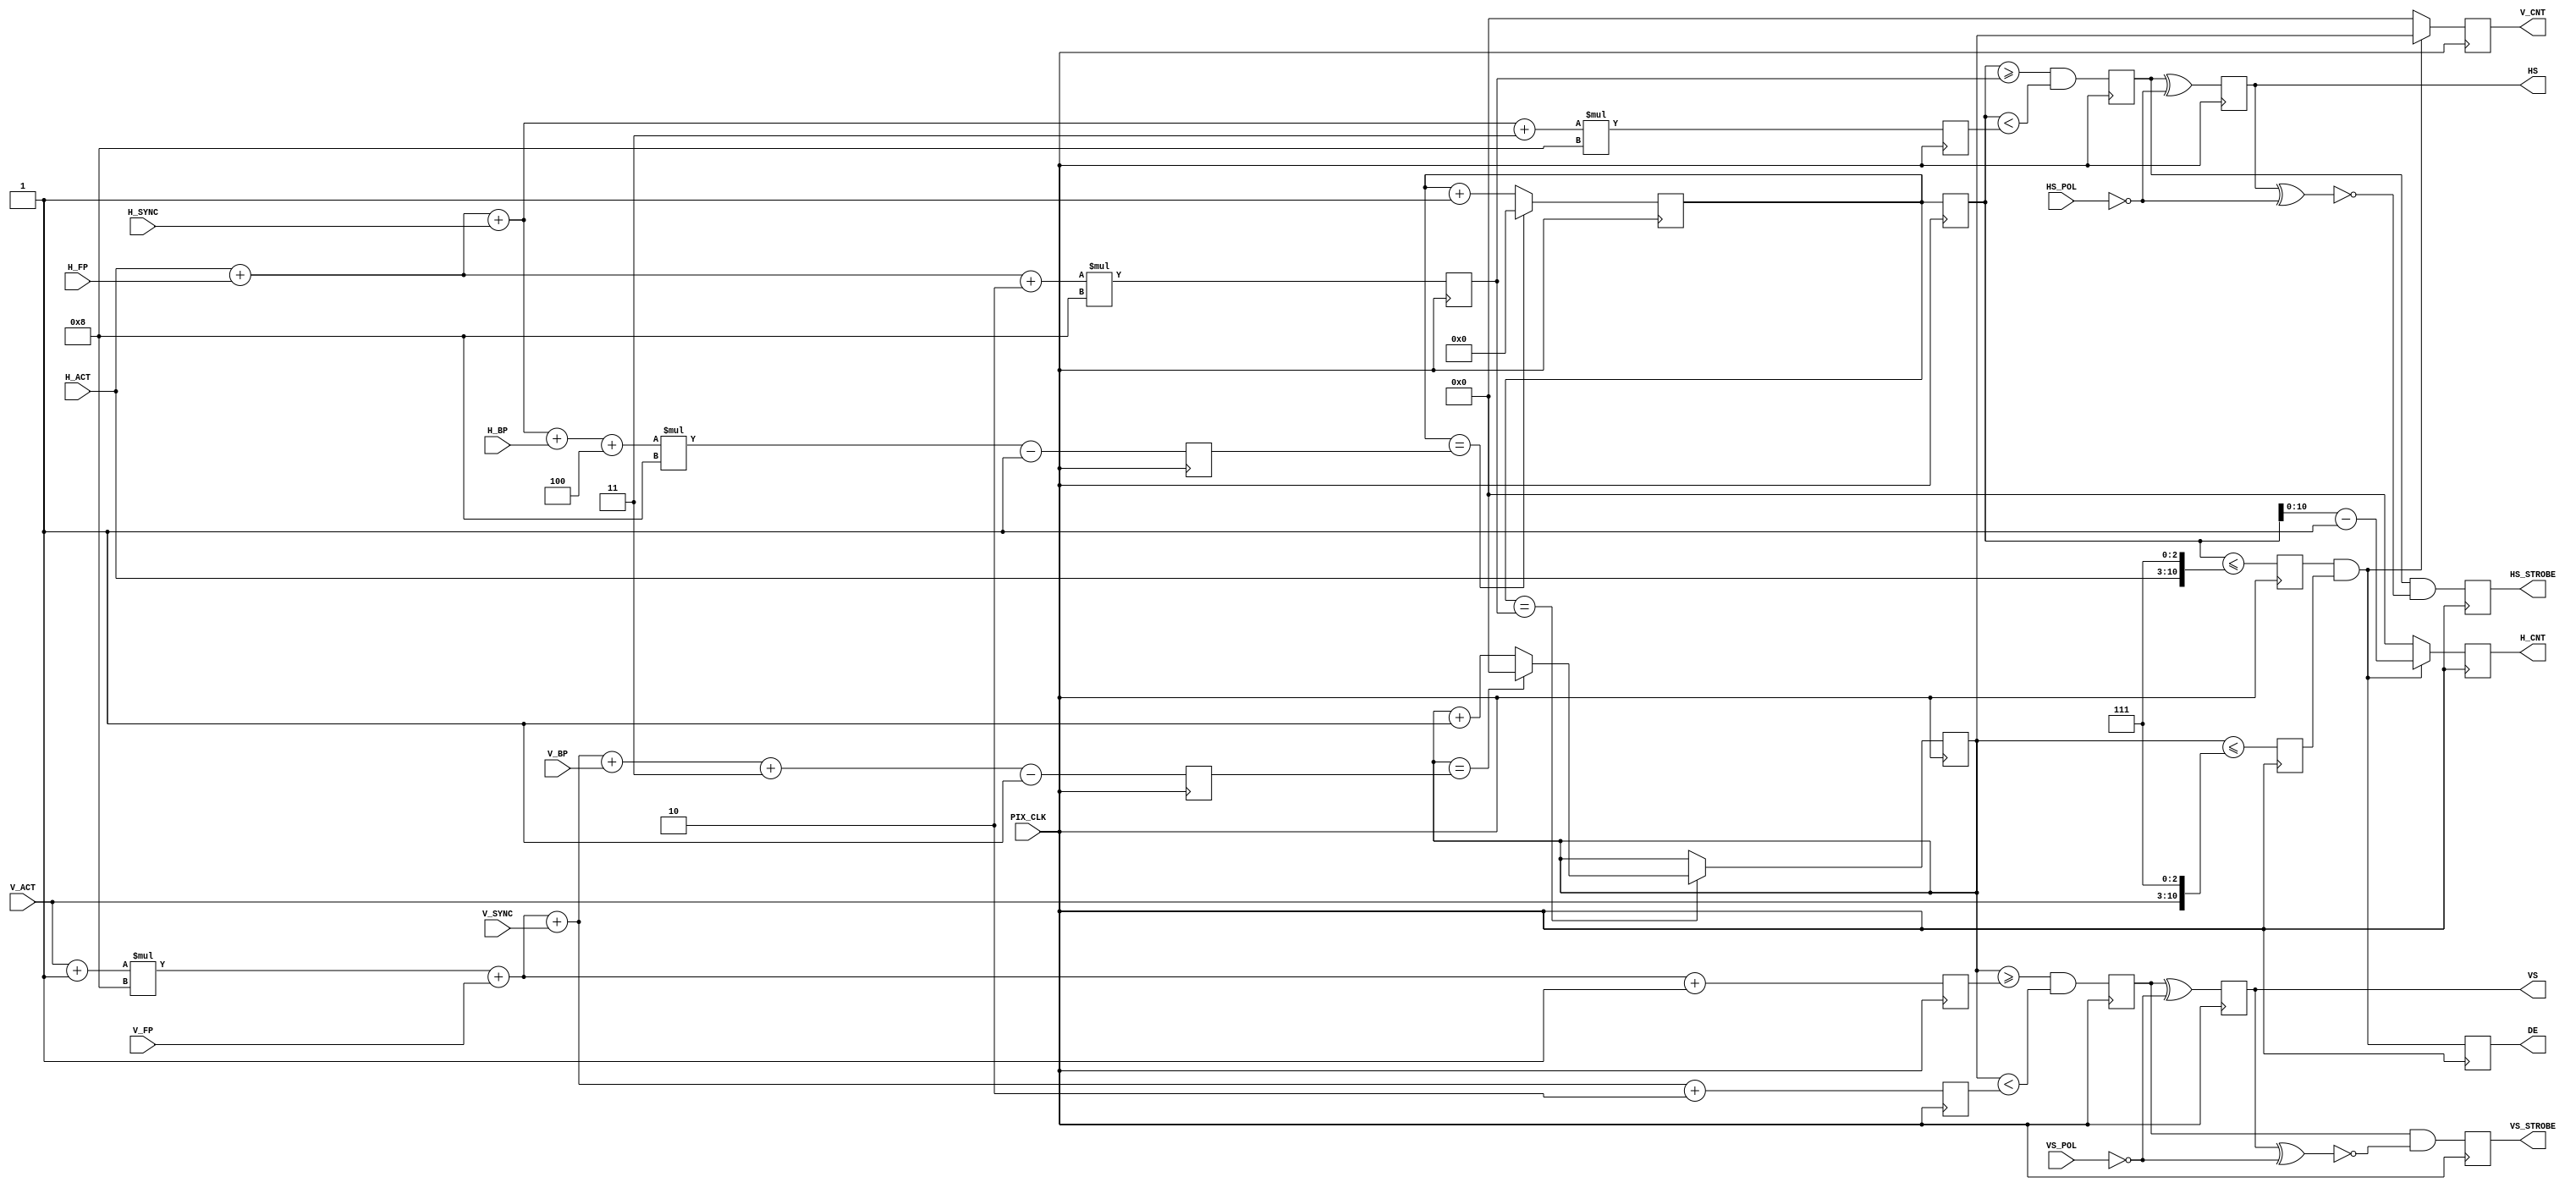
//------------------------------------------------------------------------------------------------------
// Company:        Xilinx & HES//SO hepia
// 
// Design Name:    DVI
// Module Name:    VTG
// Project Name:   DVI
// Target Devices: Xilinx SP605 - XC6SLX45T-3fpgg484
// Tool versions:  Xilinx ISE 14.3 - Windows 7 64bits
// Description:    VS & HS timing relationship :
//                 Measured on REAL video:  VS edges coincide with HS leading edges.
// Dependencies:   No
// Revision:       05-13-2009 Initial creation
//                 05-14-2009 Simulated using attached test fixture
//                 29-01-2013 Add simplification Xavier Paillard05
//------------------------------------------------------------------------------------------------------

module VTG 
	(
	 V_SYNC,    // Vertical sync value 
	 V_BP,      // Vertical back porch value
	 V_ACT,     // Vertical active line value
	 V_FP,      // Vertical front porch value
	 H_SYNC,    // Horizontal sync value
	 H_BP,      // Horizontal back porch value
	 H_ACT,     // Horizontal active line value
	 H_FP,      // Horizontal front porch value
	 HS_POL,    // Horizontal sync polarity
	 VS_POL,    // Vertical sync polarity
	 PIX_CLK,   // Pixel clock (depend on the resolution)
	 DE,        // Data enable
	 HS,        // Horizontal sync
	 VS,        // Vertical sync
	 VS_STROBE, // Vertical sync strobe
	 HS_STROBE, // Horizontal sync strobe
	 H_CNT,     // Horizontal counter (line)
	 V_CNT      // Vertical counter (line)
  );

	// Vertical timings
	input	[7:0]	V_SYNC; // Lines in VSYNC, -1
	input	[7:0]	V_BP;   // Lines in vertical Back Porch, -1
	input	[7:0]	V_ACT;  // Active Line Count, /8 -1
	input	[7:0]	V_FP;   // Vertical Front Porch, in lines -1
	
	// Horizontal timings
	input	[7:0]	H_SYNC; // Hsync length, pixels /8 -1
	input	[7:0]	H_BP;   // Horizontal back porch, pixels /8 -1
	input	[7:0]	H_ACT;  // Active pixel count, pixels /8 -1
	input	[7:0]	H_FP;   // Horizontal front porch, pixels /8 -1
	
	// Sync polarity control
	input	HS_POL, VS_POL; // 0 for active low, 1 for active high
	
	// Clock
	input	PIX_CLK;
	
	// Generated timing signals
	output DE, HS, VS; 
	
	// Other useful signals
	output VS_STROBE, HS_STROBE;
	output [10:0] H_CNT, V_CNT; // line and pixel counts

	// Calculate base numbers for waveform generation
	reg [11:0] h_total_minus_one = 0;
	reg [10:0] v_total_minus_one = 0;
	reg [11:0] hs_start, hs_stop;
	reg [10:0] vs_start, vs_stop;

	always @(posedge PIX_CLK)
		begin
			h_total_minus_one <=#1 (H_ACT + H_FP + H_SYNC + H_BP + 4) * 8 - 1;
			v_total_minus_one <=#1 (V_ACT+1)*8 + V_FP + V_SYNC + V_BP + 3 - 1;
			hs_start          <=#1 (H_ACT + H_FP + 2) * 8;
			hs_stop           <=#1 (H_ACT + H_FP + H_SYNC + 3) * 8;
			vs_start          <=#1 ((V_ACT + 1) * 8 + V_FP          + 1);
			vs_stop           <=#1 ((V_ACT + 1) * 8 + V_FP + V_SYNC + 2);
		end

	// Counters to make video timings:
	reg [11:0] h_count = 0, h_count_next = 0;
	
	always @(posedge PIX_CLK) 
		begin
			h_count_next <=#1 (h_count_next == h_total_minus_one) ? 0 : h_count_next + 1;
			h_count      <=#1 h_count_next; // Pipeline delay makes h_count_next available for logic
		end
		
	reg [10:0] v_count = 0;
	
	always @(posedge PIX_CLK) 
		if (h_count_next == hs_start) // EOF
			v_count <=#1 (v_count == v_total_minus_one) ? 0 : v_count + 1;

	// Make the video timings
	reg vde_gen = 0, hde_gen = 0, hs_gen = 0, vs_gen = 0;
	
	always @(posedge PIX_CLK)
		begin
			hde_gen <=#1 h_count <= {H_ACT[7:0], 3'b111};
			vde_gen <=#1 v_count <= {V_ACT[7:0], 3'b111};
			hs_gen  <=#1 (h_count >= hs_start) && (h_count < hs_stop);
			vs_gen  <=#1 (v_count >= vs_start) && (v_count < vs_stop);
		end

	// Outputs
	reg DE = 0, HS = 0, VS = 0;
	reg VS_STROBE = 0, HS_STROBE = 0;
	reg [10:0]	H_CNT, V_CNT; // Line and pixel counts
	
	always @(posedge PIX_CLK)
		begin
			DE        <=#1 hde_gen && vde_gen;
			HS        <=#1 hs_gen ^ !HS_POL;
			VS        <=#1 vs_gen ^ !VS_POL;
			VS_STROBE <=#1 vs_gen && !(VS ^ !VS_POL);
			HS_STROBE <=#1 hs_gen && !(HS ^ !HS_POL);
			H_CNT     <=#1 hde_gen && vde_gen ? h_count-1 : 0;
			V_CNT     <=#1 hde_gen && vde_gen ? v_count : 0;
		end

endmodule